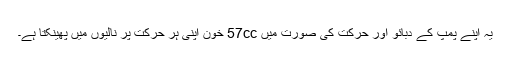
یہ اپنے پمپ کے دبائو اور حرکت کی صورت میں 57cc خون اپنی ہر حرکت پر نالیوں میں پھینکتا ہے۔